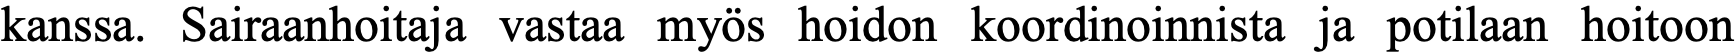
kanssa. Sairaanhoitaja vastaa myös hoidon koordinoinnista ja potilaan hoitoon